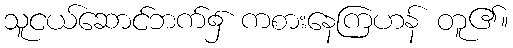
သူငယ်ဆောင်ဘက်၌ ကစားနေကြဟန် တူ၏။